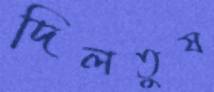
দিলতুষ